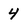
Character: 4